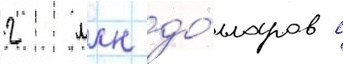
2 млн до́лларов с